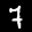
Label: 7